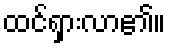
ထင်ရှားလာ၏။